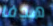
هدفا